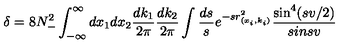
\delta = 8 N _ { - } ^ { 2 } \int _ { - \infty } ^ { \infty } d x _ { 1 } d x _ { 2 } \frac { d k _ { 1 } } { 2 \pi } \frac { d k _ { 2 } } { 2 \pi } \int \frac { d s } { s } e ^ { - s r _ { ( x _ { i } , k _ { i } ) } ^ { 2 } } \frac { \sin ^ { 4 } ( s v / 2 ) } { s i n s v }